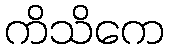
ကိသိကေ